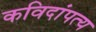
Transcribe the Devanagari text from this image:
कविदांपत्य